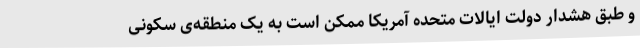
و طبق هشدار دولت ایالات متحده آمریکا ممکن است به یک منطقه‌ی سکونی